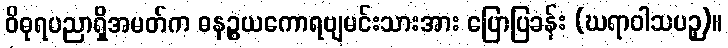
ဝိဓုရပညာရှိအမတ်က ဓနဉ္စယကောရဗျမင်းသားအား ပြောပြခန်း (ဃရာဝါသပဉှ)။